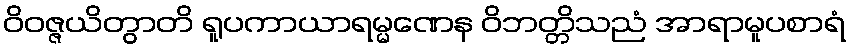
ဝိဝဇ္ဇယိတွာတိ ရူပကာယာရမ္မဏေန ဝိဘတ္တိသညံ အာရာမူပစာရံ